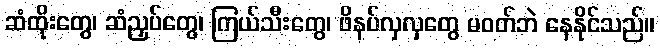
ဆံထိုးတွေ၊ ဆံညှပ်တွေ၊ ကြယ်သီးတွေ၊ ဖိနပ်လှလှတွေ မဝတ်ဘဲ နေနိုင်သည်။